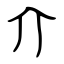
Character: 介